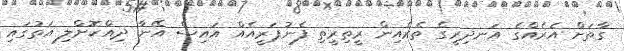
ގާތަށް އެރެއްގެ އަނދިރީގެ ތެރެއިން ރީތިރީތި ފެނުޕަރީއެއް އައިސް އޭނާ ދިއްކޮށްލި އަތުގައި